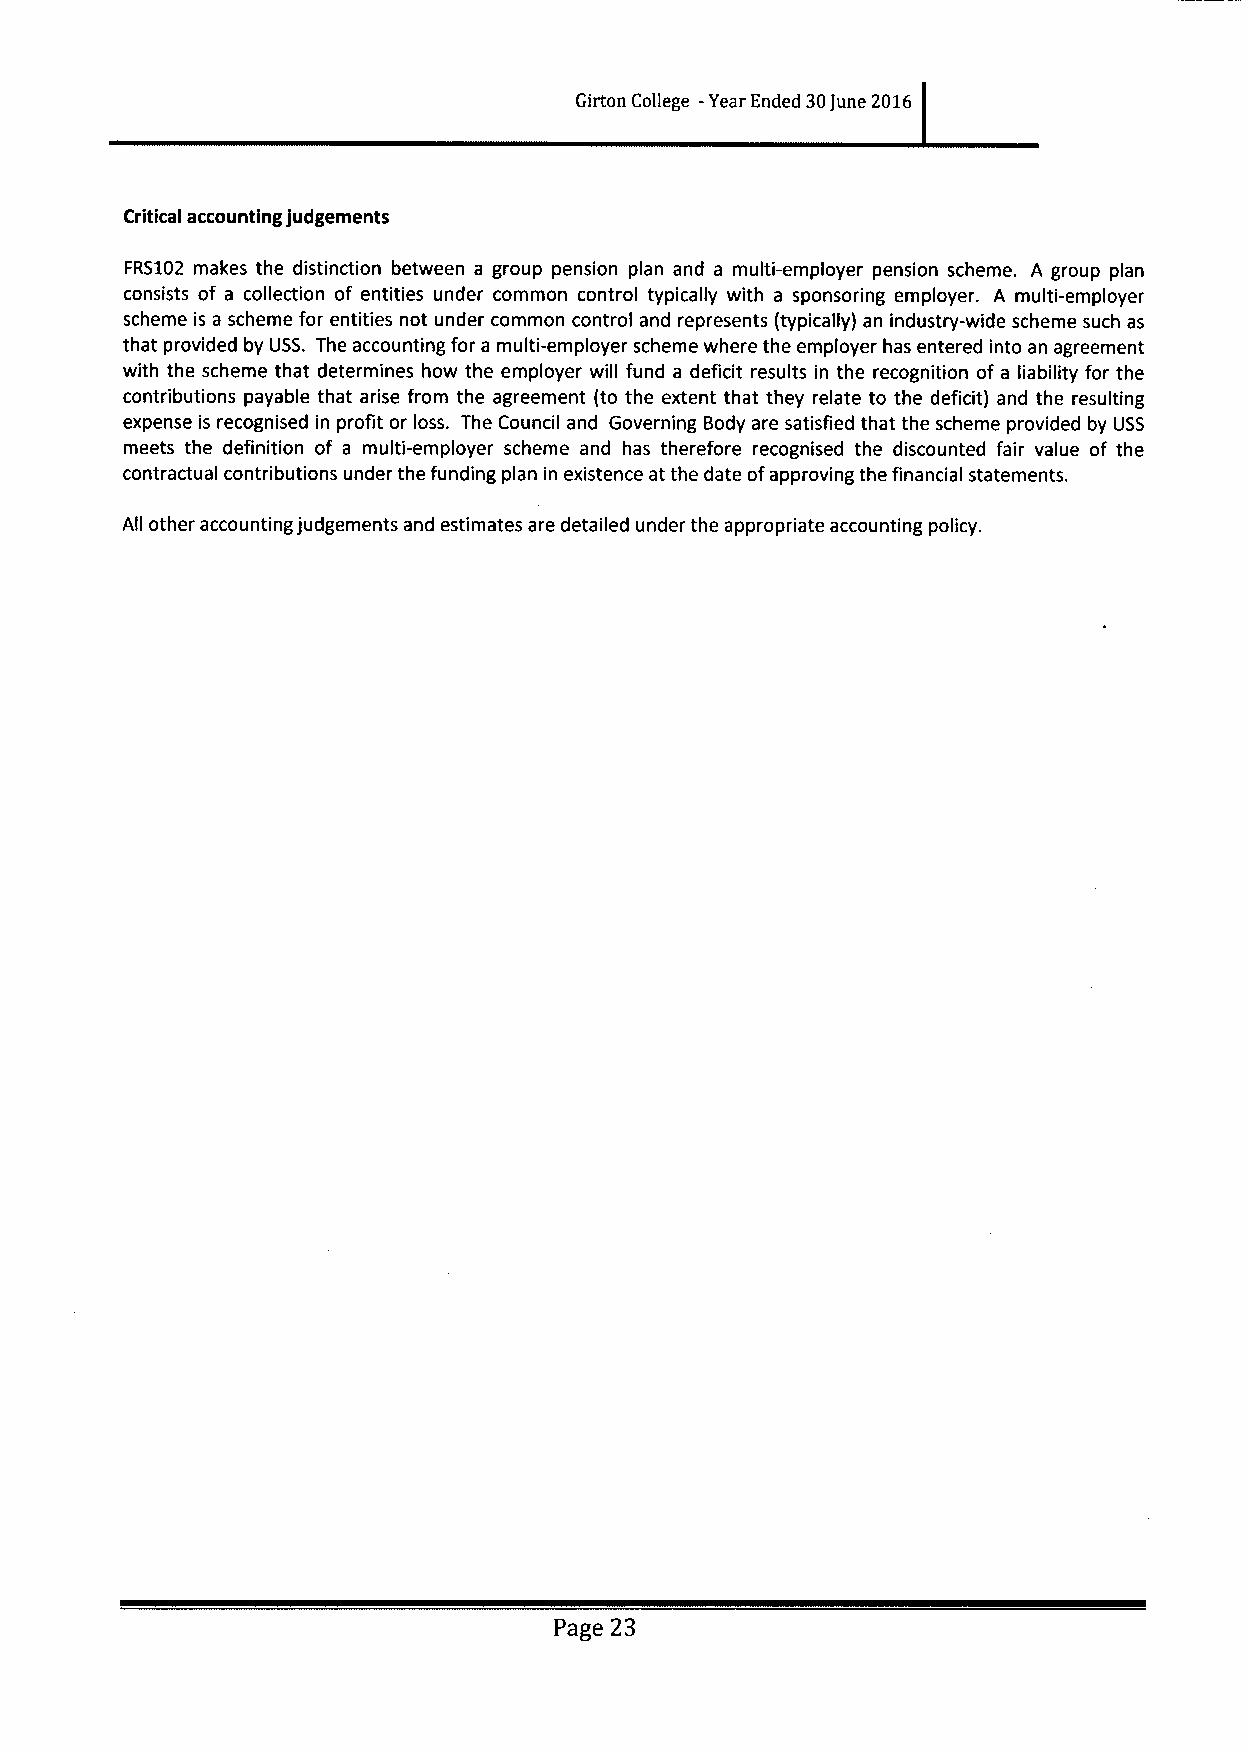
Girton College -Year Ended 30june 2016
 Critical accounting judgements
 FRS102 makes the distinction between a group pension plan and a multi-employer pension scheme. A group plan
 consists of a collection of entities under common control typically with a sponsoring employer. A multi-employer
 scheme is a scheme for entities not under common control and represents (typically) an industry-wide scheme such as
 that provided by USS. The accounting for a multi-employer scheme where the employer has entered into an agreement
 with the scheme that determines how the employer will fund a deficit results in the recognition of a liability for the
 contributions payable that arise from the agreement (to the extent that they relate to the deficit) and the resulting
 expense is recognised in profit or loss. The Council and Governing Body are satisfied that the scheme provided by USS
 meets the definition of a multi-employer scheme and has therefore recognised the discounted fair value of the
 contractual contributions under the funding plan in existence at the date ofapproving the financial statements.
 All other accounting judgements and estimates are detailed under the appropriate accounting policy.
 Page 23